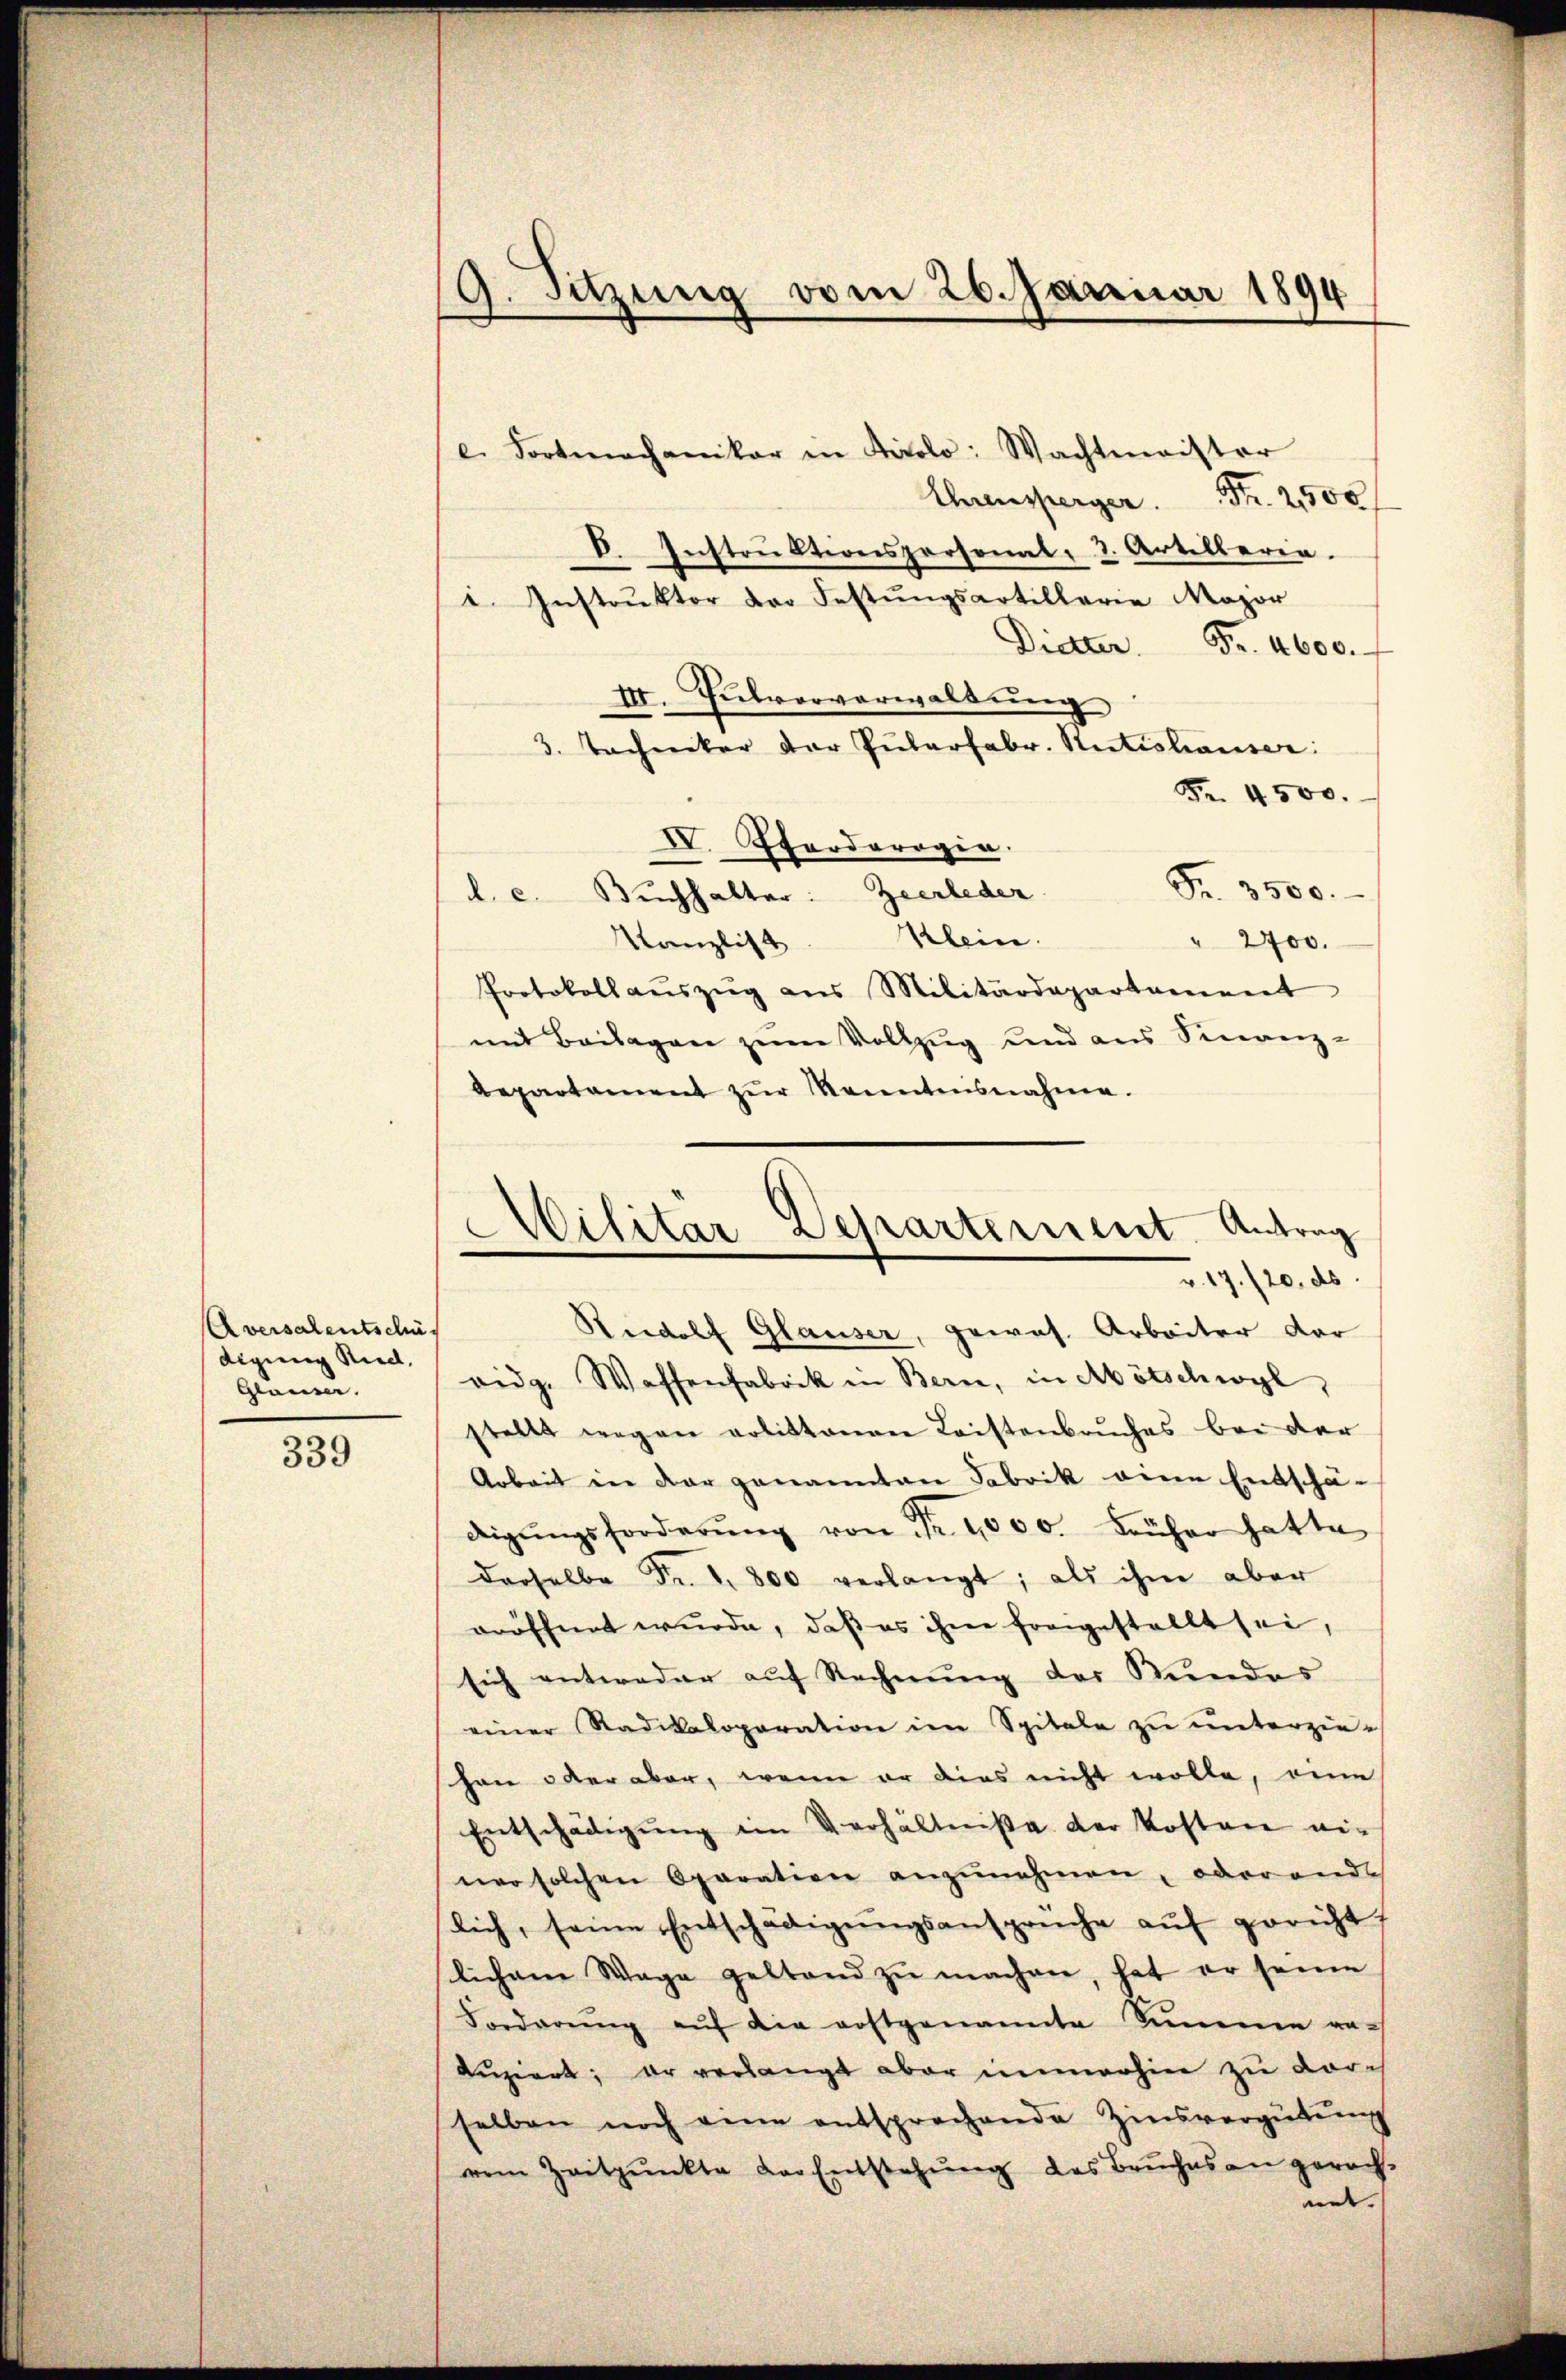
Aversalentschäf
digung Rud.
Glauser.

339

9. Sitzung vom 26. Januar 1894

e. Fortmechaniker in Tirolo: Wachtmeister
Ehrensperger . . 2500
D. Instrŭktionspersonal- 2. Artillerin.
i. Instrŭktor der Festŭngsartillerie Major
Dietter Fr. 4600.
II. Pulvorverwaltung
3. Techniker der Pularfabr. Satishauser:
Fr. 4500.
IV. Pferdorogie.
Fr. 3500.
l. c. Buchhalter: Zeerleder.
Kanzlist Klein.
" 2700.
Protokoll aŭszŭg ans Militärdepartement
mit Beilagen zŭm Vollzug und aus Sinanz-
bepartament zŭr Kenntensnahme.

Militar Departement. Antrag
u. 17./20. ds

Riedolf Glauser, gewas. Arbeiter dar
oidg. Waffenfabrik in Bern, in Abötschwyl,
stellt wegen votittenen Leistenbruches bei der
Arbeit in dar genannten Fabrik eine Entschä-
digŭngsforderŭng von Fr. 1000. Früher hatte
derselbe Fr. 1. 800 verlangt; als ihm aber
oröffnet wurde, daß es ihm freigestellt sei,
sich entweder auf Rechnung des Stundes
einer Radikaloparation im Spitale zu unterziehan oder aber, wenn er dies nicht wolle, eine
Entschädigŭng im Verhältniße der Kosten einer solchen Oparation anzŭnehmen, oder ande
lich, seine Entschädigŭngsansprüche auf gericht
lichem Wage geltend zŭ machen, hat er seine
Forderŭng aŭf die erstgenannte Summe ge-
duziert; er verlangt aber immerhin zu vorselben noch eine entsprechende Zinsvergütŭng
rem Zeitpunkte der Entstehŭng des Baŭches an gerach-
ut.